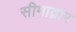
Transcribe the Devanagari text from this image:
सीमाद्वार